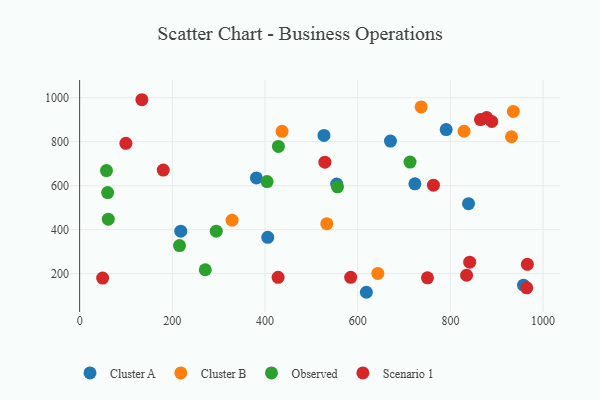
{"axis": {"x": "Experience", "y": "Fuel Efficiency"}, "legend": ["Cluster A", "Cluster B", "Observed", "Scenario 1"], "data": [{"x": "957.8", "y": 147.4, "type": "Cluster A"}, {"x": "723.4", "y": 608.6, "type": "Cluster A"}, {"x": "381.4", "y": 635.3, "type": "Cluster A"}, {"x": "554.7", "y": 607.2, "type": "Cluster A"}, {"x": "405.9", "y": 365.2, "type": "Cluster A"}, {"x": "618.7", "y": 115.2, "type": "Cluster A"}, {"x": "839.1", "y": 518.4, "type": "Cluster A"}, {"x": "790.9", "y": 855.1, "type": "Cluster A"}, {"x": "670.7", "y": 802.8, "type": "Cluster A"}, {"x": "218.2", "y": 393.2, "type": "Cluster A"}, {"x": "527.2", "y": 828.7, "type": "Cluster A"}, {"x": "533.3", "y": 427.1, "type": "Cluster B"}, {"x": "436.8", "y": 847.2, "type": "Cluster B"}, {"x": "328.9", "y": 443.1, "type": "Cluster B"}, {"x": "829.5", "y": 847.7, "type": "Cluster B"}, {"x": "736.9", "y": 958.4, "type": "Cluster B"}, {"x": "931.8", "y": 822.6, "type": "Cluster B"}, {"x": "643.4", "y": 200.9, "type": "Cluster B"}, {"x": "935.8", "y": 938.0, "type": "Cluster B"}, {"x": "57.9", "y": 668.9, "type": "Observed"}, {"x": "61.8", "y": 447.6, "type": "Observed"}, {"x": "215.5", "y": 327.4, "type": "Observed"}, {"x": "556.4", "y": 594.9, "type": "Observed"}, {"x": "428.9", "y": 778.8, "type": "Observed"}, {"x": "271.1", "y": 217.6, "type": "Observed"}, {"x": "60.4", "y": 568.9, "type": "Observed"}, {"x": "712.9", "y": 707.2, "type": "Observed"}, {"x": "294.8", "y": 393.2, "type": "Observed"}, {"x": "404.4", "y": 618.9, "type": "Observed"}, {"x": "964.7", "y": 135.6, "type": "Scenario 1"}, {"x": "134.3", "y": 991.0, "type": "Scenario 1"}, {"x": "49.6", "y": 179.6, "type": "Scenario 1"}, {"x": "763.4", "y": 602.5, "type": "Scenario 1"}, {"x": "841.6", "y": 252.3, "type": "Scenario 1"}, {"x": "864.9", "y": 900.6, "type": "Scenario 1"}, {"x": "878.2", "y": 909.6, "type": "Scenario 1"}, {"x": "889.3", "y": 892.0, "type": "Scenario 1"}, {"x": "428.2", "y": 183.2, "type": "Scenario 1"}, {"x": "180.4", "y": 671.2, "type": "Scenario 1"}, {"x": "834.9", "y": 192.6, "type": "Scenario 1"}, {"x": "584.8", "y": 183.0, "type": "Scenario 1"}, {"x": "966.1", "y": 242.2, "type": "Scenario 1"}, {"x": "99.8", "y": 792.6, "type": "Scenario 1"}, {"x": "750.5", "y": 180.7, "type": "Scenario 1"}, {"x": "529.2", "y": 707.0, "type": "Scenario 1"}]}